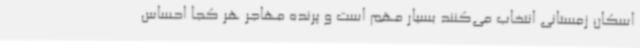
اسکان زمستانی انتخاب می‌کنند بسیار مهم است و پرنده مهاجر هر کجا احساس